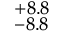
^ { + 8 . 8 } _ { - 8 . 8 }